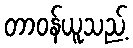
တာဝန်ယူသည့်